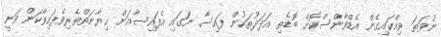
ނުވަތަ ވިއްކައިގެން އެޑްވާންސްކޮށް ބޮޑެތި އަދަދުތަކުން ފައިސާ ނަގައި އެފައިސާއަށް ޚިޔާނަތްތެރިވެފައިވާކަން ވަނީ